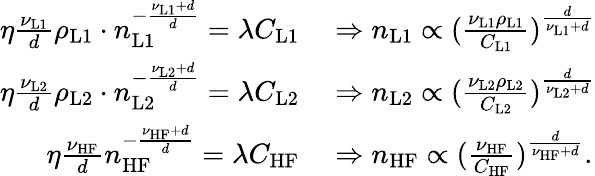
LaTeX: \begin{array}{rl}{\eta\frac{\nu_{\mathrm{L1}}}{d}\rho_{\mathrm{L1}}\cdot n_{\mathrm{L1}}^{-\frac{\nu_{\mathrm{L1}}+d}{d}}=\lambda C_{\mathrm{L1}}}&{{}\Rightarrow n_{\mathrm{L1}}\propto(\frac{\nu_{\mathrm{L1}}\rho_{\mathrm{L1}}}{C_{\mathrm{L1}}})^{\frac{d}{\nu_{\mathrm{L1}}+d}}}\\ {\eta\frac{\nu_{\mathrm{L2}}}{d}\rho_{\mathrm{L2}}\cdot n_{\mathrm{L2}}^{-\frac{\nu_{\mathrm{L2}}+d}{d}}=\lambda C_{\mathrm{L2}}}&{{}\Rightarrow n_{\mathrm{L2}}\propto(\frac{\nu_{\mathrm{L2}}\rho_{\mathrm{L2}}}{C_{\mathrm{L2}}})^{\frac{d}{\nu_{\mathrm{L2}}+d}}}\\ {\eta\frac{\nu_{\mathrm{HF}}}{d}n_{\mathrm{HF}}^{-\frac{\nu_{\mathrm{HF}}+d}{d}}=\lambda C_{\mathrm{HF}}}&{{}\Rightarrow n_{\mathrm{HF}}\propto(\frac{\nu_{\mathrm{HF}}}{C_{\mathrm{HF}}})^{\frac{d}{\nu_{\mathrm{HF}}+d}}.}\end{array}